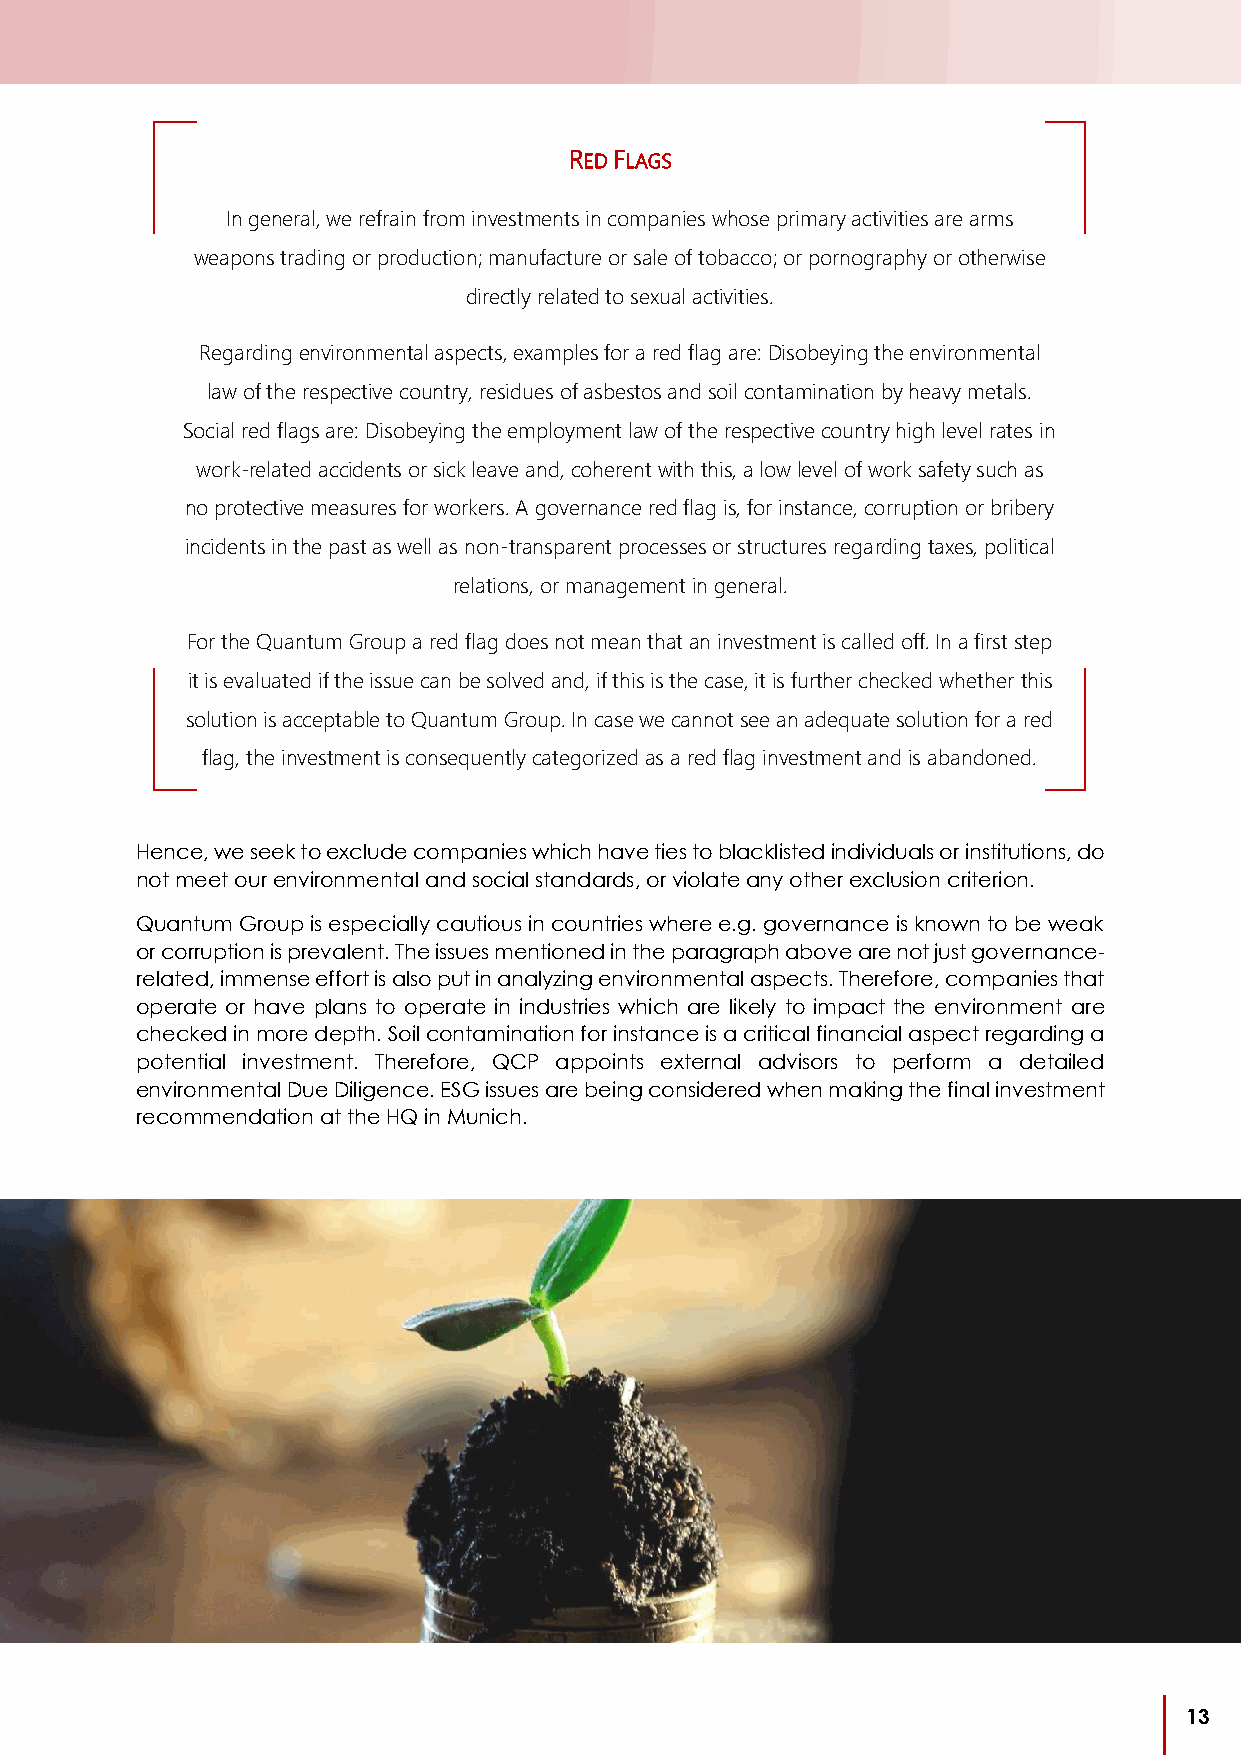
RED FLAGS
 In general, we refrain from investments in companies whose primary activities are arms
 weapons trading or production; manufacture or sale of tobacco; or pornography or otherwise
 directly related to sexual activities.
 Regarding environmental aspects, examples for a red flag are: Disobeying the environmental
 law of the respective country, residues of asbestos and soil contamination by heavy metals.
 Social red flags are: Disobeying the employment law of the respective country high level rates in
 work-related accidents or sick leave and, coherent with this, a low level of work safety such as
 no protective measures for workers. A governance red flag is, for instance, corruption or bribery
 incidents in the past as well as non-transparent processes or structures regarding taxes, political
 relations, or management in general.
 For the Quantum Group a red flag does not mean that an investment is called off. In a first step
 it is evaluated if the issue can be solved and, if this is the case, it is further checked whether this
 solution is acceptable to Quantum Group. In case we cannot see an adequate solution for a red
 flag, the investment is consequently categorized as a red flag investment and is abandoned.
 Hence, we seek to exclude companies which have ties to blacklisted individuals or institutions, do
 not meet our environmental and social standards, or violate any other exclusion criterion.
 Quantum Group is especially cautious in countries where e.g. governance is known to be weak
 or corruption is prevalent. The issues mentioned in the paragraph above are not just governance-
 related, immense effort is also put in analyzing environmental aspects. Therefore, companies that
 operate or have plans to operate in industries which are likely to impact the environment are
 checked in more depth. Soil contamination for instance is a critical financial aspect regarding a
 potential investment. Therefore, QCP appoints external advisors to perform a detailed
 environmental Due Diligence. ESG issues are being considered when making the final investment
 recommendation at the HQ in Munich.
 13